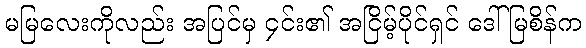
မမြလေးကိုလည်း အပြင်မှ ၄င်း၏ အငြိမ့်ပိုင်ရှင် ဒေါ်မြစိန်က